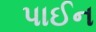
પાઈન